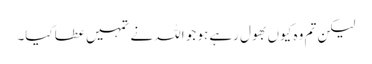
لیکن تم وہ کیوں بھول رہے ہو جو اللہ نے تمہیں عطا کیا۔